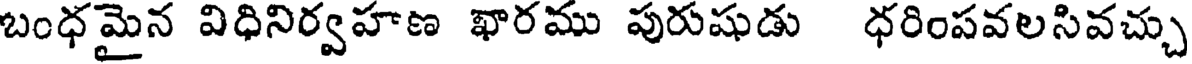
బంధ మైన విధినిర్వహణ ఖారము పురుషుడు ధరింపవలసివచ్చు